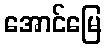
အောင်မြေ